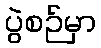
ပွဲစဉ်မှာ